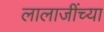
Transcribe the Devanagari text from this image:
लालाजींच्या